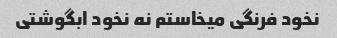
نخود فرنگی میخاستم نه نخود ابگوشتی